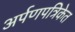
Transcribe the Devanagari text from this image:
अर्पणपत्रिकेत